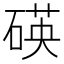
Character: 碤